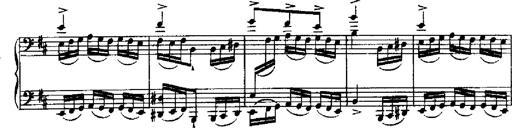
Title: RÃ©miniscences de Robert le diable
Composer: Franz Liszt